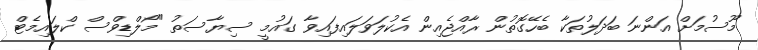
މޫސުމަށް އަންނަ ބަދަލުތަކާ ބެހޭގޮތުން ރާއްޖެއިން އެކުލަވަލައިފައިވާ ގައުމީ ސިޔާސަތު "މޯލްޑިވްސް ކްލައިމެޓް